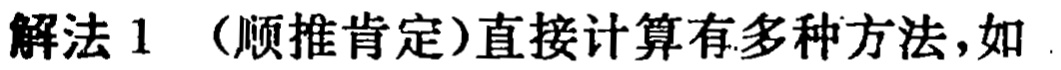
解法 1 （顺推肯定）直接计算有多种方法，如